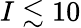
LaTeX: I\lesssim 10